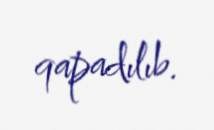
qapadılıb.